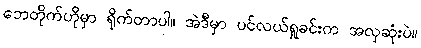
ဘေတိုက်ဟိုမှာ ရိုက်တာပါ။ အဲဒီမှာ ပင်လယ်ရှုခင်းက အလှဆုံးပဲ။